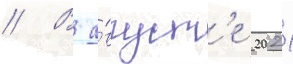
// В а́вгуст'е 2021